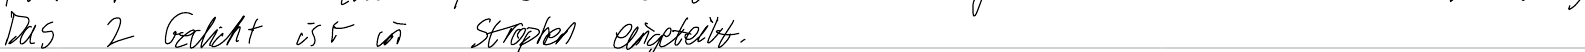
Das 2 Gedicht ist in Strophen eingeteilt.